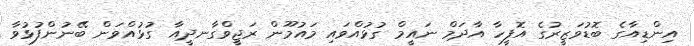
އިންޑިއާގެ ބޮޑުވަޒީރުގެ އޮފީހާ އާދަމް ނައީމް ގުޅުއްވައި މައުމޫން ރަޖީވްގާނދީއާ ގުޅުއްވަން ބޭނުންފުޅުވާ